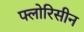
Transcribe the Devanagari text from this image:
फ्लोरिसीन